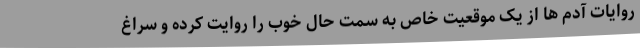
روایات آدم ها از یک موقعیت خاص به سمت حال خوب را روایت کرده و سراغ